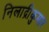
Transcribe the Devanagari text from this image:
निलाद्रीकुमार